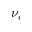
\nu _ { e }